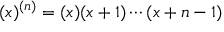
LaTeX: ( x ) ^ { ( n ) } = ( x ) ( x + 1 ) \cdots ( x + n - 1 )